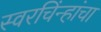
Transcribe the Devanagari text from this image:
स्वरचिंन्हांचा